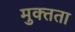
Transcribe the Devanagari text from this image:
मुक्‍तता